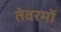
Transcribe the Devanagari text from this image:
तेवरमों